Vaccination North-Western Provinces and Oudh 1896-1901 - 1896-1901
Year: 1896
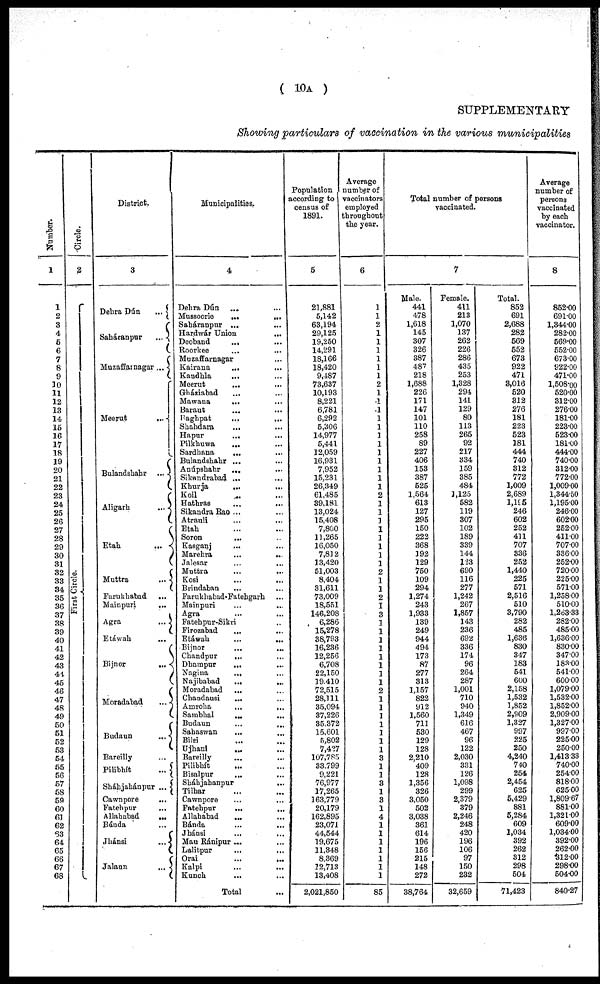
( 10A )
SUPPLEMENTARY
Showing particulars of vaccination in the various municipalities
Number.
1
1
2
3
4
5
6
7
8
9
10
11
12
13
14
15
16
17
18
19
20
21
22
23
24
25
26
27
28
29
30
31
32
33
34
35
36
37
38
39
40
41
42
43
44
45
46
47
48
49
50
51
52
53
54
55
56
57
58
59
60
61
62
63
64
65
66
67
68
Circle.
2
First Circle.
District.
3
Dehra Dún
...
Saháranpur
...
Muzaffarnagar ...
Meerut
...
Bulandshahr ...
Aligarh
...
Etah
...
Muttra
...
Farukhabad ...
Mainpuri
...
Agra
...
Etáwah ...
Bijnor
...
Moradabad
...
Budaun
...
Bareilly ...
Pilibhít
...
Sháhjahánpur ...
Cawnpore
...
Fatehpur
Allahabad
...
Bánda ...
Jhánsi
...
Jalaun
...
Municipalities.
4
Dehra Dún ... ...
Mussoorie
...
...
Saháranpur ... ...
Hardwár Union
... ...
Deoband
... ...
Roorkee ... ...
Muzaffarnagar ... ...
Kairana
...
...
Kandhla ... ...
Meerut
... ...
Gháziabad ... ...
Mawana
... ...
Baraut ... ...
Baghpat
...
...
Shahdara ... ...
Hapur
... ...
Pilkhuwa ... ...
Sardhana
... ...
Bulandshahr ... ...
Anúpshahr
...
...
Sikandrabad ... ...
Khurja
...
...
Koil ... ...
Hathras ... ...
Sikandra Rao ... ...
Atrauli ... ...
Etah ... ...
Soron ... ...
Kasganj ... ...
Marehra
...
...
Jalesar ... ...
Muttra ... ...
Kosi ... ...
Brindaban ... ...
Farukhabad-Fatehgarh ...
Mainpuri ... ...
Agra ... ...
Fatehpur-Sikri ... ...
Firozabad ... ...
Etáwah ... ...
Bijnor
...
...
Chandpur
... ...
Dhampur
... ...
Nagina
... ...
Najibabad
...
...
Moradabad ... ...
Chandausi
... ...
Amroha
...
...
Sambhal
...
...
Budaun
...
...
Sahaswan ... ...
Bilsi ... ...
Ujhani ... ...
Bareilly ... ...
Pilibhít ... ...
Bisalpur
...
...
Sháhjahanpur
... ...
Tilhar ... ...
Cawnpore
...
...
Fatehpur ... ...
Allahabad
... ...
Bánda ... ...
Jhánsi ... ...
Mau Ránipur ... ...
Lalitpur ... ...
Orai
...
...
Kalpi ... ...
Kunch ... ...
Total ...
Population
according to
census of
1891.
5
21,881
5,142
63,194
29,125
19,250
14,291
18,166
18,420
9,487
73,637
10,193
8,221
6,781
6,292
5,306
14,977
5,441
12,059
16,931
7,952
15,231
26,349
61,485
39,181
13,024
15,408
7,800
11,265
16,050
7,812
13,420
51,003
8,404
31,611
73,009
18,551
146,208
6,286
15,278
38,793
16,236
12,256
6,708
22,150
19,410
72,515
28,111
35,094
37,226
35,372
15,601
5,802
7,427
107,785
33,799
9,221
76,977
17,265
163,779
20,179
162,895
23,071
44,544
19,675
11,348
8,369
12,713
13,408
2,021,850
Average
number of
vaccinators
employed
throughout
the year.
6
1
1
2
1
1
1
1
1
1
2
1
1
1
1
1
1
1
1
1
1
1
1
2
1
1
1
1
1
1
1
1
2
1
1
2
1
3
1
1
1
1
1
1
1
1
2
1
1
1
1
1
1
1
3
1
1
3
1
3
1
4
1
1
1
1
1
1
1
85
Total number of persons
vaccinated.
7
Male.
441
478
1,618
145
307
326
387
487
218
1,688
226
171
147
101
110
258
89
227
406
153
387
525
1,564
613
127
295
150
222
368
192
129
750
109
294
1,274
243
1,933
139
249
944
494
173
87
277
313
1,157
822
912
1,560
711
530
129
128
2,210
409
128
1,356
326
3,050
502
3,038
361
614
196
156
215
148
272
38,764
Female.
411
213
1,070
137
262
226
286
435
253
1,328
294
141
129
80
113
265
92
217
334
159
385
484
1,125
582
119
307
102
189
339
144
123
690
116
277
1,242
267
1,857
143
236
692
336
174
96
264
287
1,001
710
940
1,349
616
467
96
122
2,030
331
126
1,098
299
2,379
379
2,246
248
420
196
106
97
150
232
32,659
Total.
852
691
2,688
282
569
552
673
922
471
3,016
520
312
276
181
223
523
181
444
740
312
772
1,009
2,689
1,195
246
602
252
411
707
336
252
1,440
225
571
2,516
510
3,790
282
485
1,636
830
347
183
541
600
2,158
1,532
1,852
2,909
1,327
997
225
250
4,240
740
254
2,454
625
5,429
881
5,284
609
1,034
392
262
312
298
504
71,423
Average
number of
persons
vaccinated
by each
vaccinator.
8
852.00
691.00
1,344.00
282.00
569.00
552.00
673.00
922.00
471.00
1,508.00
520.00
312.00
276.00
181.00
223.00
523.00
181.00
444.00
740.00
312.00
772.00
1,009.00
1,344.50
1,195.00
246.00
602.00
252.00
411.00
707.00
336.00
252.00
720.00
225.00
571.00
1,258.00
510.00
1,263.33
282.00
485.00
1,636.00
830.00
347.00
183.00
541.00
600.00
1,079.00
1,532.00
1,852.00
2,909.00
1,327.00
997.00
225.00
250.00
1,413.33
740.00
254.00
818.00
625.00
1,809.67
881.00
1,321.00
609.00
1,034.00
392.00
262.00
312.00
298.00
504.00
840.27